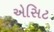
એસિટ